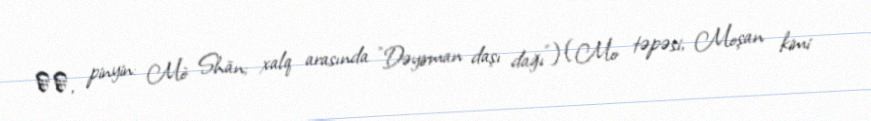
磨山, pinyin: Mò Shān; xalq arasında "Dəyirman daşı dağı") (Mo təpəsi, Moşan kimi